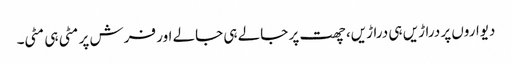
دیواروں پر دراڑیں ہی دراڑیں، چھت پر جالے ہی جالے اور فرش پر مٹی ہی مٹی۔